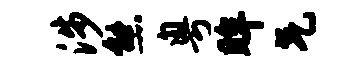
涉熊粤眸气